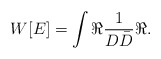
\begin{align*}W[E]=\int \Re\frac{1}{D\bar D}\Re.\end{align*}